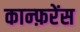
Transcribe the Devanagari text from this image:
कान्फ़रेंस